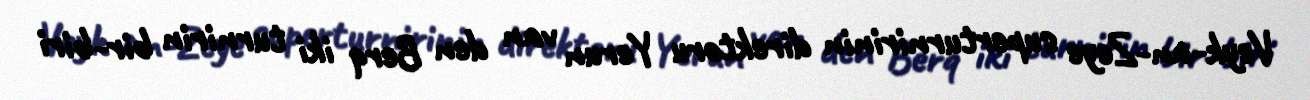
Veyk-an-Zeye superturnirinin direktoru Yerun van den Berq iki turnirin bir-biri